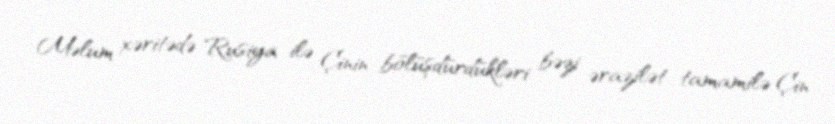
Məlum xəritədə Rusiya ilə Çinin bölüşdürdükləri bəzi ərazilət tamamilə Çin